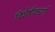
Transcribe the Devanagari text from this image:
विशेषीकरणों